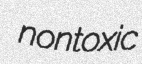
nontoxic